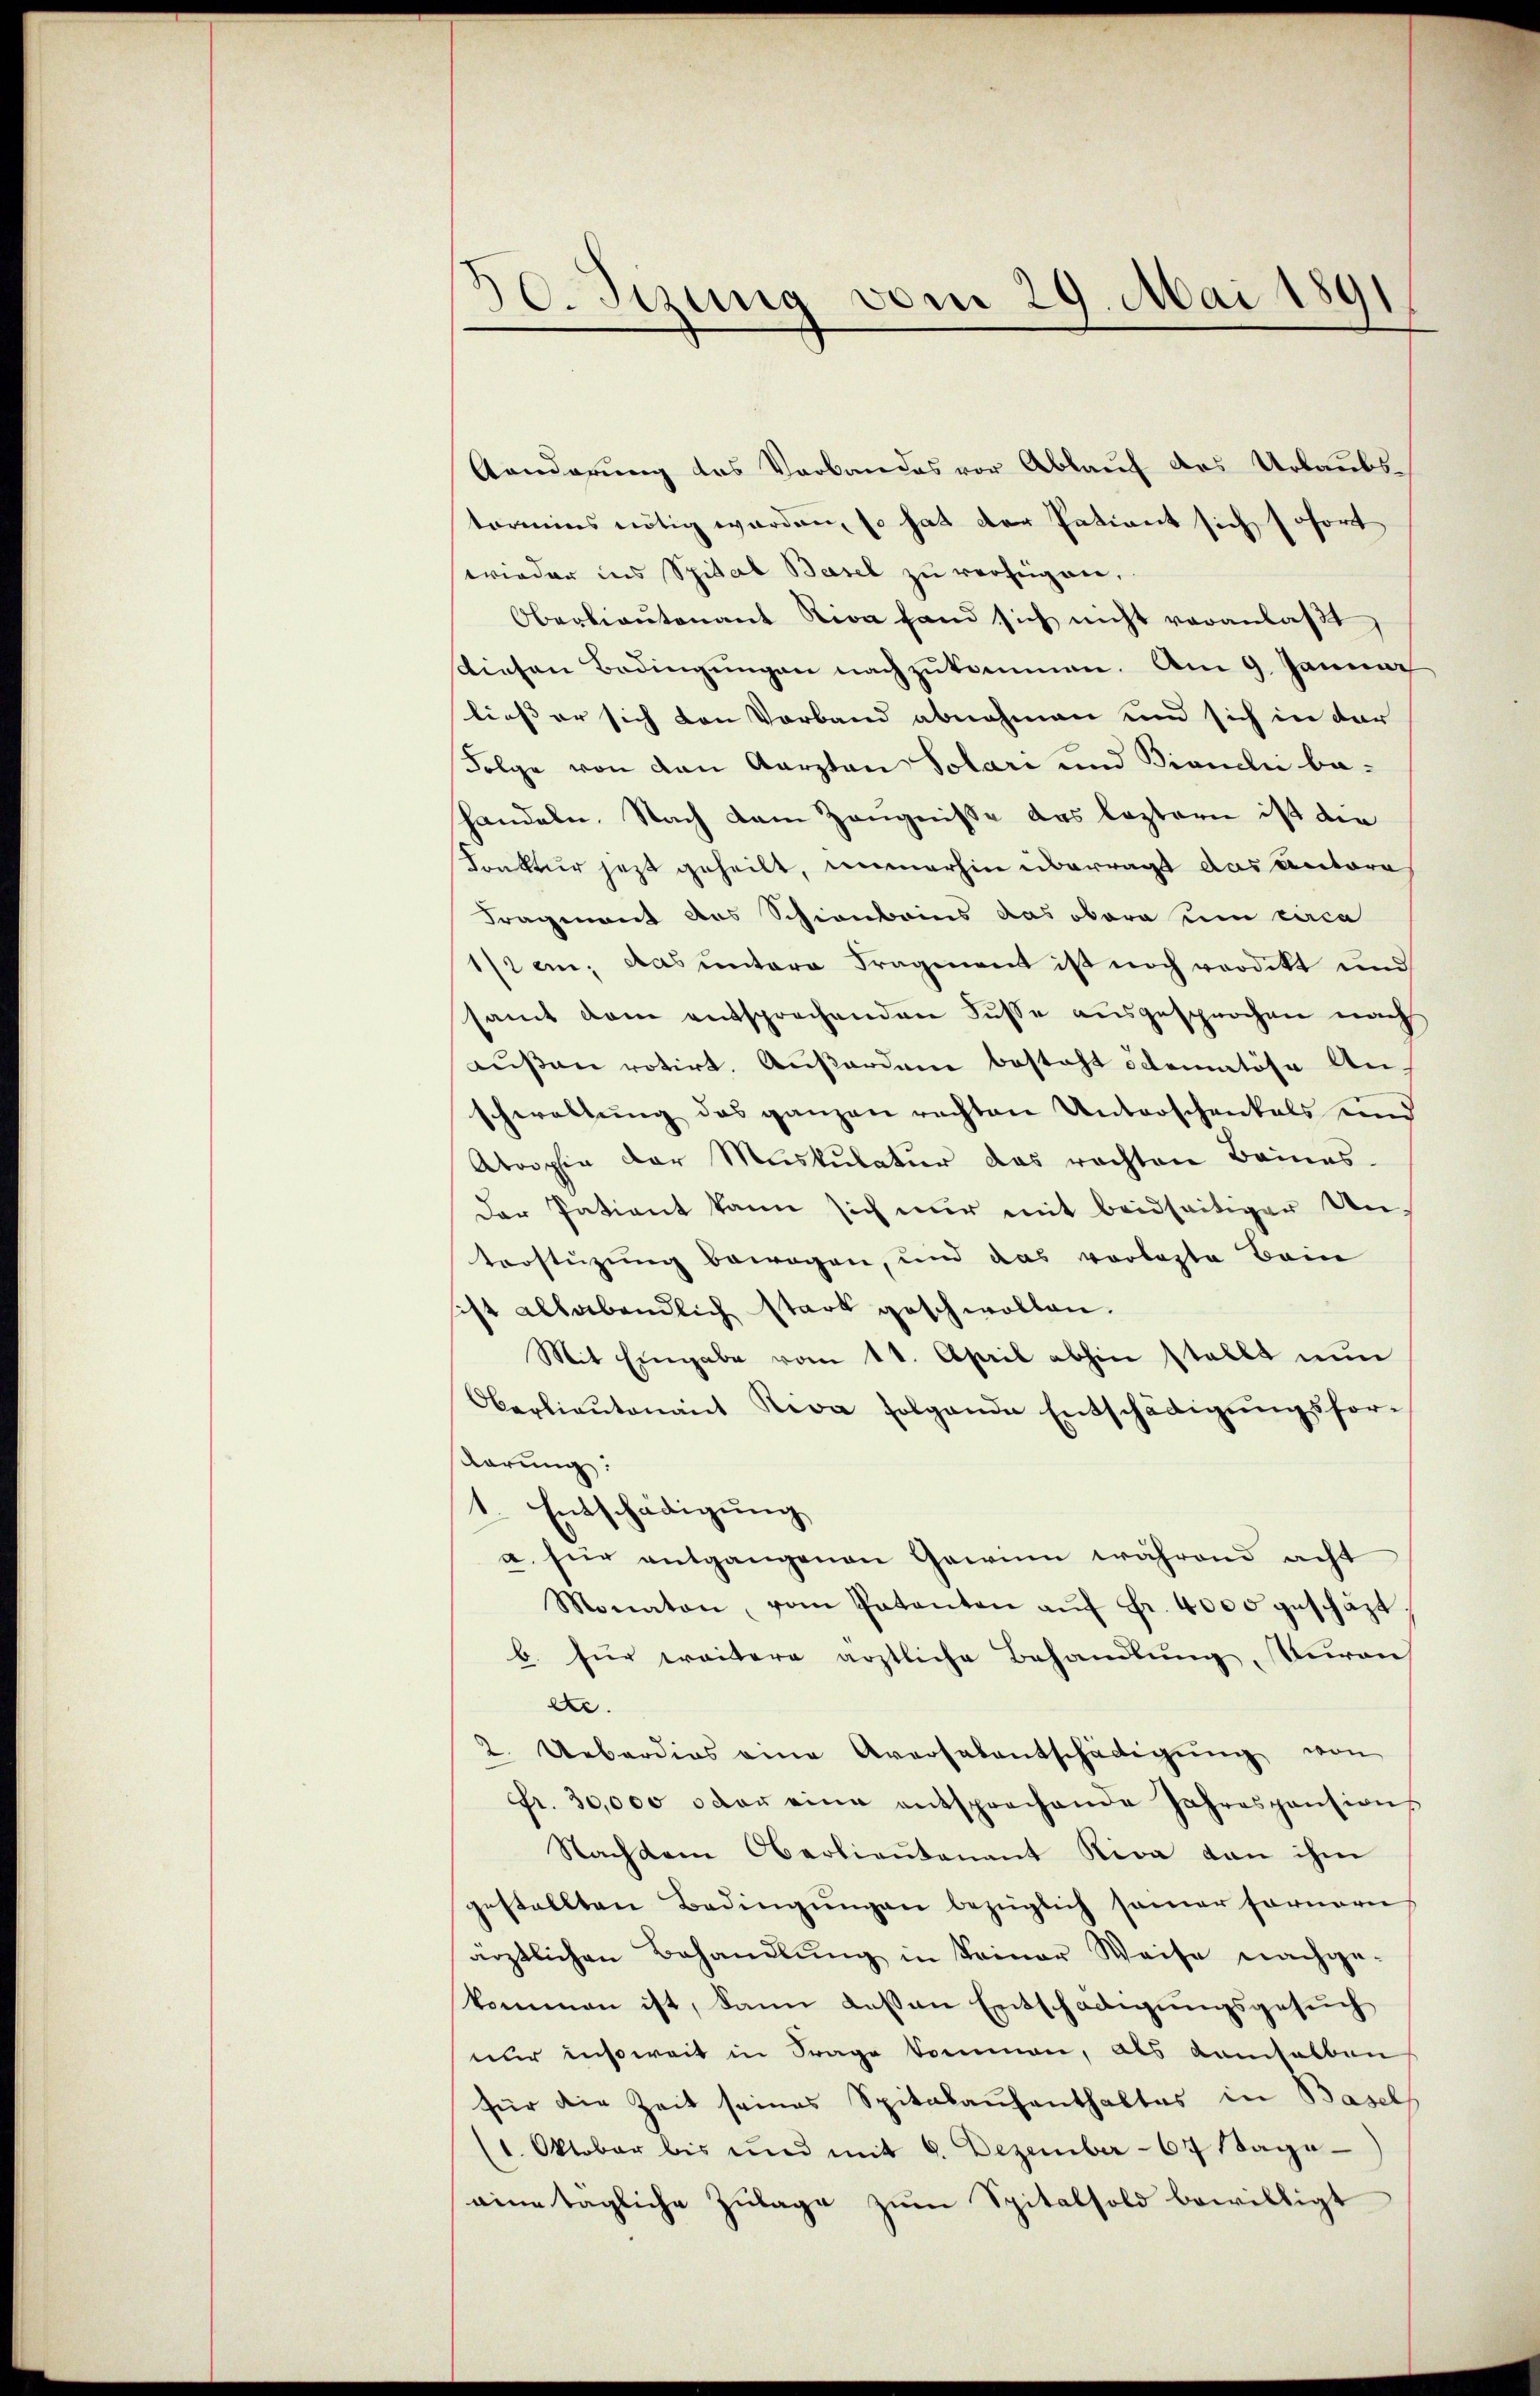
50. Sizung vom 29. Mai 1891

Aanderung des Verbandes vor Ablauf das Urlaubstormies nötig werden, so hat der Patient sich sofort
wieder ins Spital Basel zu verfügen.
Oberlieŭtenant Riva fand sich nicht veranlaβt
diesen Bedingungen nachzukommen. Am 9. Januar
ließ er sich den Vorband abnehmen und sich in der
Folge von den Karzten Solari und Biancli ba-
handeln. Nach dem Zeugnisse des leztern ist die
Sonktur jetzt geheilt, immerhin überragt das Antore
Fragenant des Schinbrins das obern um circa
1/2 an; das untere Fragment ist noch verdikt und
samt dem entsprechenden Fusse ausgesprochen nach
außen votirt. Außerden besteht ideatöse Anschwaltung des ganzen rechten Unterschenkels und
Atoophie der Muskulatur das rechten Beines¬
Der Patient kann sich nur mit beidseitiger Unterstüzung bewogen, und das vorlegte Bein
sist allabendlich stark geschwollen.
Mit Eingabe vom 11. April abhin stellt nŭn
Oberlieŭtenant Riva folgende Entschädigŭngsfor-
Karung:
1 Entschädigung
a. für entgangenen Gewinn während acht
Monaten, vom Patanten aŭf Fr. 4000 geschäzt,
b. für weitere ärztliche Behandlung, Turan
ee
2. Ueberdies eine Aversalentschädigŭng von
Fr. 30,000 oder eine entsprochende Jahrespensions
Nachdem Oberlieŭtenant Riva von ihm
gestellten Bedingŭngen bezüglich seiner fernern
ärztlichen Behandlŭng in Seiner Weise nachge-
kommen ist, dann dessen Entschädigungsgesuch
nur insoweit in Frage kommen, als demselben
für die Zeit seines Spitalaufenthaltes in Basels
(1. Oktober bis und mit 6. Dezember 67 Sage-
eine tägliche Zulage zum Spitalsold bewilligt